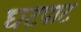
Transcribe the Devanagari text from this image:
घटपाट